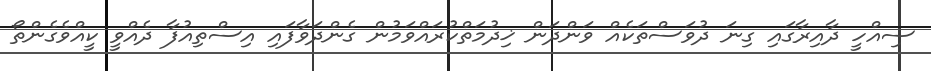
ސިއްހީ ދާއިރާގައި ގިނަ ދުވަސްތަކެއް ވަންދަން ޚިދުމަތްކުރައްވަމުން ގެންދަވާފައި އިސްތިއުފާ ދެއްވީ ކީއްވެގެންތޯ